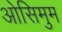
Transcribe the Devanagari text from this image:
ओसिमुम